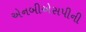
એનબીએસપીની